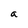
Character: a